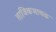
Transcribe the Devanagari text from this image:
ताजिकभाषक